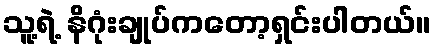
သူ့ရဲ့ နိဂုံးချုပ်ကတော့ရှင်းပါတယ်။